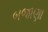
બજાણા